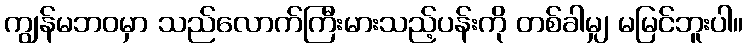
ကျွန်မဘဝမှာ သည်လောက်ကြီးမားသည့်ပန်းကို တစ်ခါမျှ မမြင်ဘူးပါ။